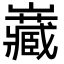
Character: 𭗶